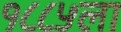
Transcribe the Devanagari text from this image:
१८८५ला